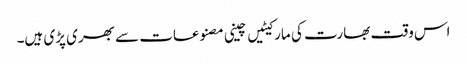
اس وقت بھارت کی مارکیٹیں چینی مصنوعات سے بھری پڑی ہیں۔